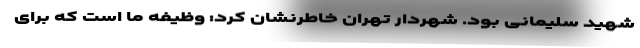
شهید سلیمانی بود. شهردار تهران خاطرنشان کرد: وظیفه ما است که برای